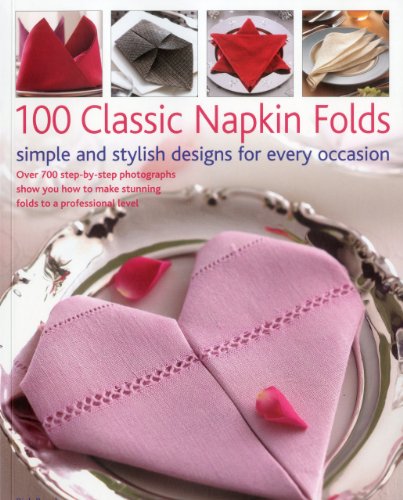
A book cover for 100 Classic Napkin Folds: simple and stylish napkins for every occasion: Over 700 step-by-step photographs show you how to make stunning folds to a professional level; Rich Beech; Cookbooks, Food & Wine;